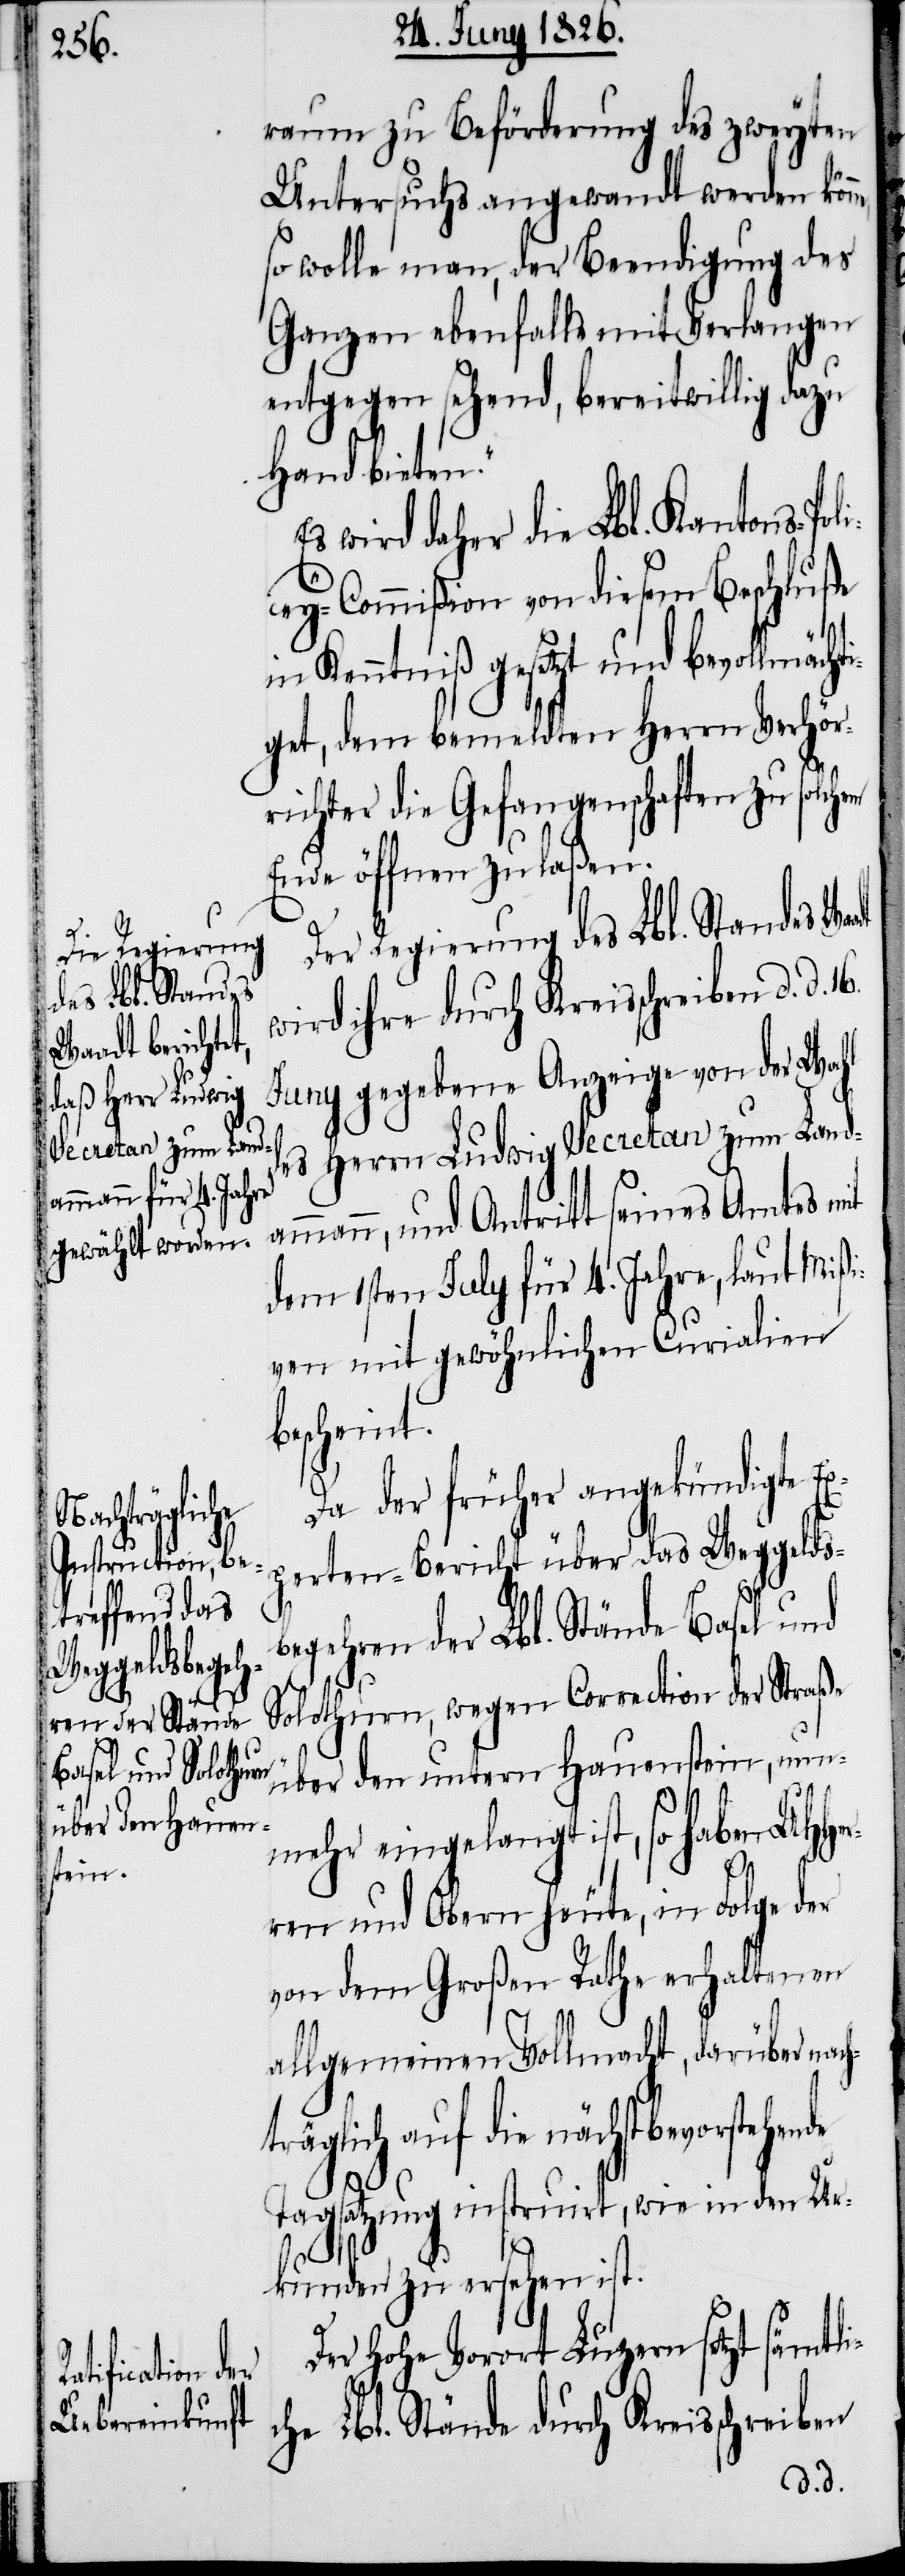
raum zu Beförderung des zweyten
Untersuchs angewandt werden kön¬
so wolle man, der Beendigung des
Ganzen ebenfalls mit Verlangen
entgegen sehend, bereitwillig dazu
Hand bieten.“
wird daher die Lbl. Kantons-Poli¬
cey-Commißion von diesem Beschluße
in Kenntniß gesetzt und bevollmächt¬
iget, dem bemeldten Herrn Verhör¬
richter die Gefangenschaften zu solch¬
Ende öffnen zu laßen.
Der Regierung des Lbl. Standes Wa¬
wird ihre durch Kreisschreiben d. d.
Juny gegebene Anzeige von der Wahl
des Herrn Ludwig Secretan zum Land¬
ammann, und Antritt seines Amtes mit
dem 1sten July für 4. Jahre, laut Mißi¬
ven mit gewöhnlichen Curialien
bescheint.
Da der früher angekündigte E¬
xperten-Bericht über das Weggelds¬
begehren der Lbl. Stände Basel und
Solothurn, wegen Correction der Straße
über den untern Hauenstein, nun¬
mehr eingelangt ist, so haben UHHer¬
de
ren und Obern heute, in Folge der
von dem Großen Rathe erhaltenen
allgemeinen Vollmacht, darüber nac¬
räglich auf die nächstbevorstehen¬
Tagsatzung instruirt, wie in den Ur¬
kunden zu ersehen ist.
Der hohe Vorort Luzern setzt sämtli¬
che Lbl. Stände durch Kreisschreiben